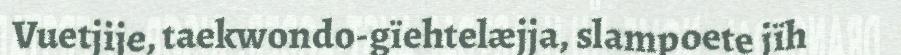
Vuetjije, taekwondo-gïehtelæjja, slampoete jïh